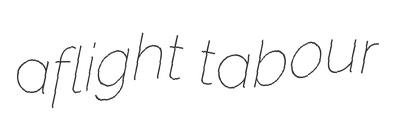
aflight tabour